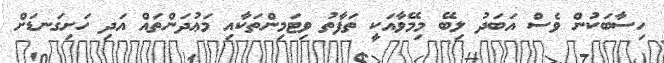
ހިސާބަކުން ވެސް އަބަދު ލިބޭ މިމޭވާއަކީ ތަފާތު ވިޓަމިންތަކާއި މަޢުދަންތައް އަދި ހަށިގަނޑަށް